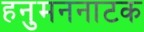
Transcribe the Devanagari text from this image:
हनुमननाटक